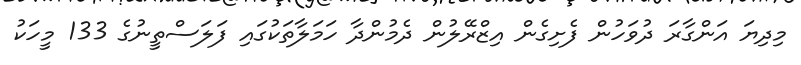
މިދިޔަ އަންގާރަ ދުވަހުން ފެށިގެން އިޒްރޭލުން ދެމުންދާ ހަމަލާތަކުގައި ފަލަސްތީނުގެ 133 މީހަކު